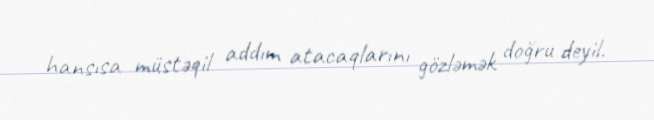
hansısa müstəqil addım atacaqlarını gözləmək doğru deyil.